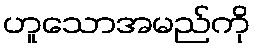
ဟူသောအမည်ကို